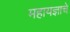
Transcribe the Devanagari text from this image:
महायज्ञाचे